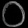
Digit: ၀